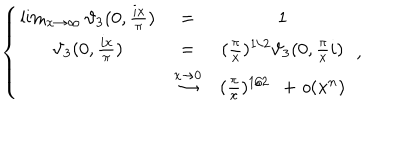
\left\{ \begin{matrix} { { \lim _ { x \to \infty } \vartheta _ { 3 } ( 0 , \frac { i x } { \pi } ) } } & { { = } } & { { 1 } } \\ { { \vartheta _ { 3 } ( 0 , \frac { i x } { \pi } ) } } & { { = } } & { { ( \frac { \pi } { x } ) ^ { 1 / 2 } \vartheta _ { 3 } ( 0 , \frac { \pi } { x } i ) } } \\ { { } } & { { \stackrel { x \to 0 } { \rightarrow } } } & { { ( \frac { \pi } { x } ) ^ { 1 / 2 } \: \: + { \it o } ( x ^ { n } ) } } \\ \end{matrix} \right. \ ,